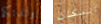
والدتكم المكان